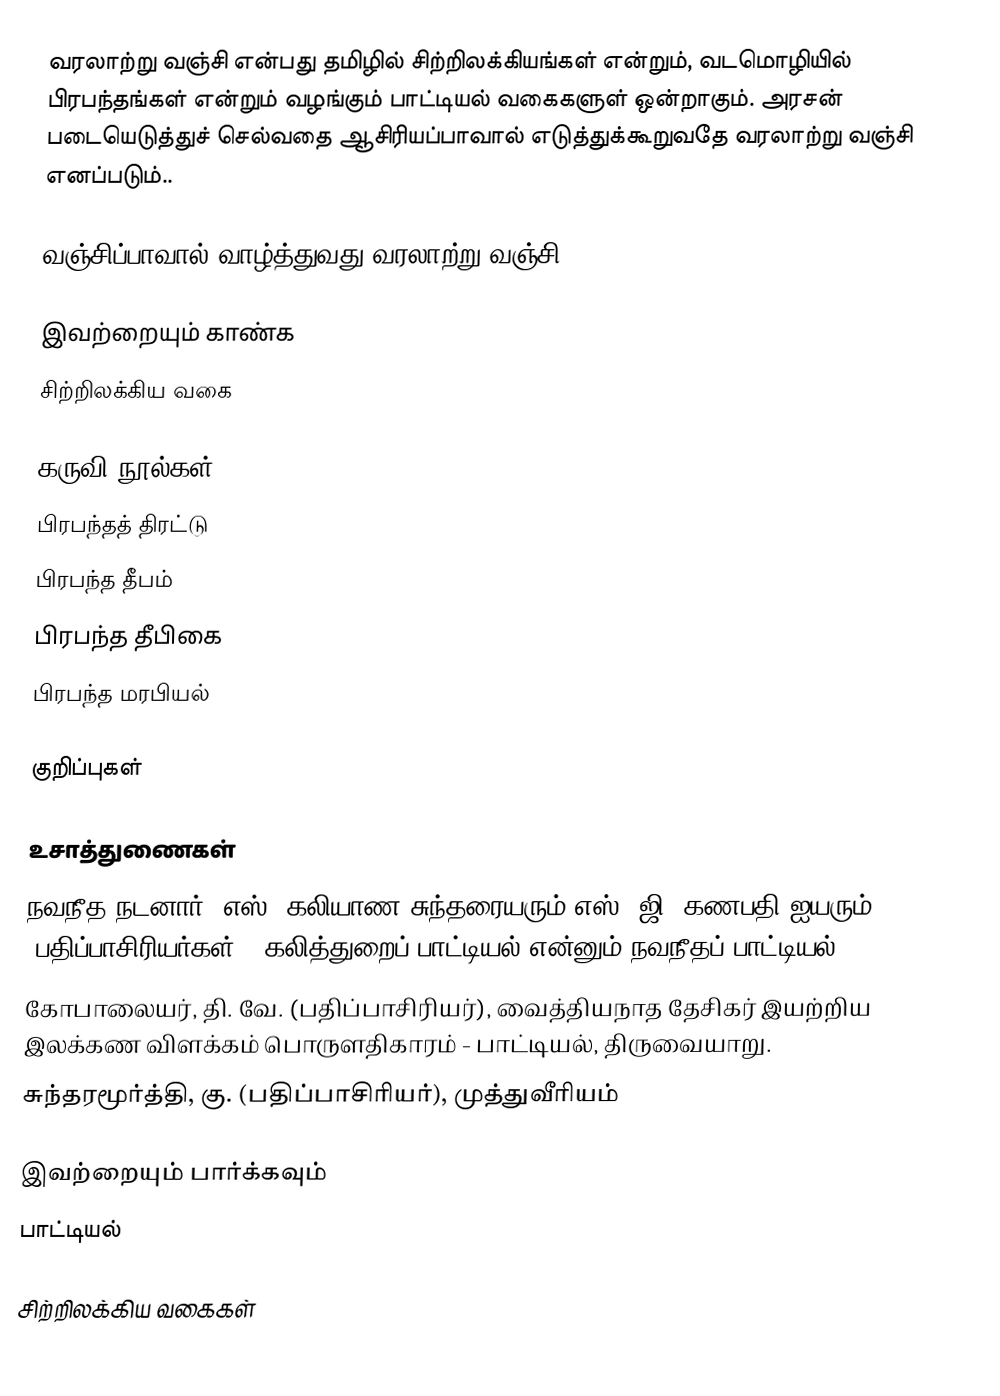
வரலாற்று வஞ்சி என்பது தமிழில் சிற்றிலக்கியங்கள் என்றும், வடமொழியில் பிரபந்தங்கள் என்றும் வழங்கும் பாட்டியல் வகைகளுள் ஒன்றாகும். அரசன் படையெடுத்துச் செல்வதை ஆசிரியப்பாவால் எடுத்துக்கூறுவதே வரலாற்று வஞ்சி எனப்படும்..

வஞ்சிப்பாவால் வாழ்த்துவது வரலாற்று வஞ்சி

இவற்றையும் காண்க
சிற்றிலக்கிய வகை

கருவி நூல்கள்
பிரபந்தத் திரட்டு
பிரபந்த தீபம்
பிரபந்த தீபிகை
பிரபந்த மரபியல்

குறிப்புகள்

உசாத்துணைகள்
 நவநீத நடனார், எஸ். கலியாண சுந்தரையரும் எஸ், ஜி. கணபதி ஐயரும் (பதிப்பாசிரியர்கள்), கலித்துறைப் பாட்டியல் என்னும் நவநீதப் பாட்டியல்
 கோபாலையர், தி. வே. (பதிப்பாசிரியர்), வைத்தியநாத தேசிகர் இயற்றிய இலக்கண விளக்கம் பொருளதிகாரம் - பாட்டியல், திருவையாறு.
 சுந்தரமூர்த்தி, கு. (பதிப்பாசிரியர்), முத்துவீரியம்

இவற்றையும் பார்க்கவும்
 பாட்டியல்

சிற்றிலக்கிய வகைகள்